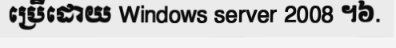
ប្រើដោយ Windows server 2008 ។៦.